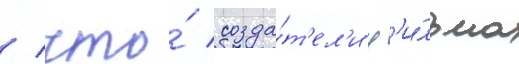
/ что́ созда́т'ел'и ф'и́льма